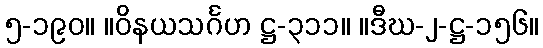
၅-၁၉၀။ ။ဝိနယသင်္ဂဟ ဋ္ဌ-၃၁၁။ ။ဒီဃ-၂-ဋ္ဌ-၁၅၆။